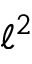
\ell ^ { 2 }